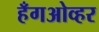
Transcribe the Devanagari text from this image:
हँगओव्हर